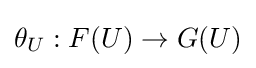
\theta _{U}:F(U)\to G(U)